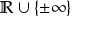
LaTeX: \mathbb { R } \cup \{ \pm \infty \}